Scottish Leaving Certificate Examination, 1957
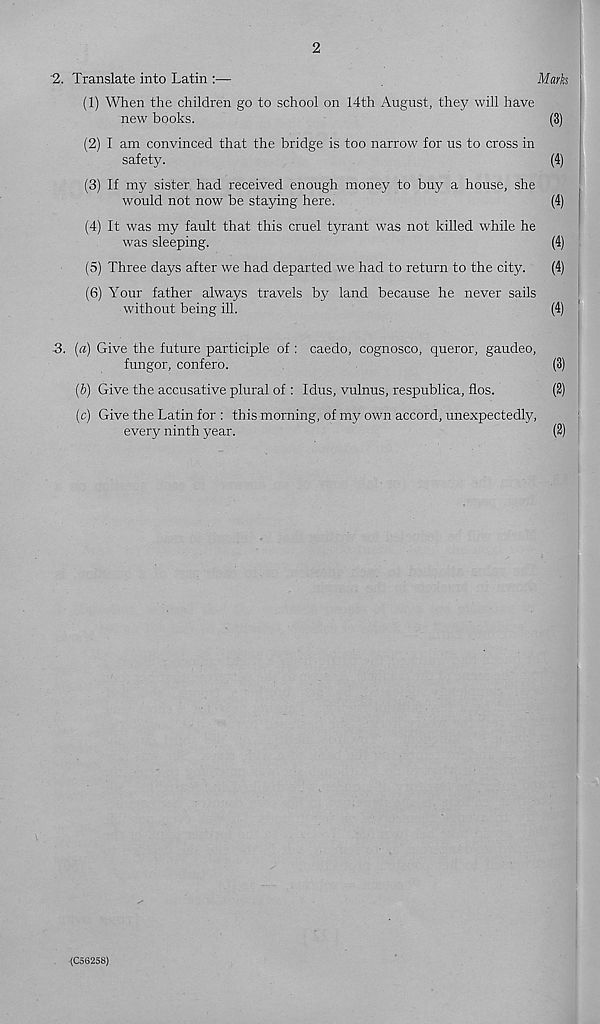
2
'2. Translate into Latin :—
Mark
(1) When the children go to school on 14th August, they will have
new books.
(3)
(2) I am convinced that the bridge is too narrow for us to cross in
safety.
(4)
(3) If my sister had received enough money to buy a house, she
would not now be staying here.
(4)
(4) It was my fault that this cruel tyrant was not killed while he
was sleeping.
(4)
(5) Three days after we had departed we had to return to the city.
(4)
(6) Your father always travels by land because he never sails
without being ill.
(4)
3. (a) Give the future participle of : caedo, cognosco, queror, gaudeo,
fungor, confero.
(3)
(b) Give the accusative plural of : Idus, vulnus, respublica, flos.
(2)
(c) Give the Latin for : this morning, of my own accord, unexpectedly,
every ninth year.
(2)
(C5S258)